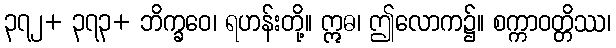
၃၇၂+ ၃၇၃+ ဘိက္ခဝေ၊ ရဟန်းတို့။ ဣဓ၊ ဤလောက၌။ စက္ကာဝတ္တိဿ၊